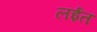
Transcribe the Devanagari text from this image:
लईत